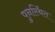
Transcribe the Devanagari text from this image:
पुनर्स्थित